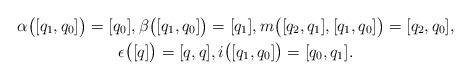
LaTeX: \begin{gather*} \alpha \bigl( [ q _1 , q _0 ] \bigr) = [q _0] , \beta \bigl( [ q _1, q _0 ] \bigr) = [q _1] , m \bigl( [q _2 , q _1 ] , [ q _1 , q _0 ] \bigr) = [ q _2 , q _0 ] ,\\ \epsilon \bigl( [q] \bigr) = [ q, q ] , i \bigl( [ q _1 , q _0] \bigr) = [q _0, q _1]. \end{gather*}